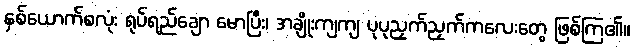
နှစ်ယောက်စလုံး ရုပ်ရည်ချော မောပြီး၊ အချိုးကျကျ ပုပုညှက်ညှက်ကလေးတွေ ဖြစ်ကြ၏။